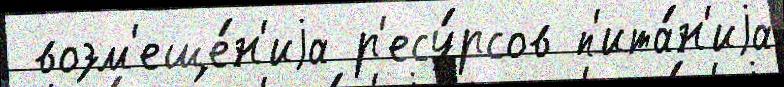
 возм'еще́н'иjа р'есу́рсов п'ита́н'иjа